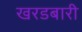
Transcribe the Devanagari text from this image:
खरडबारी